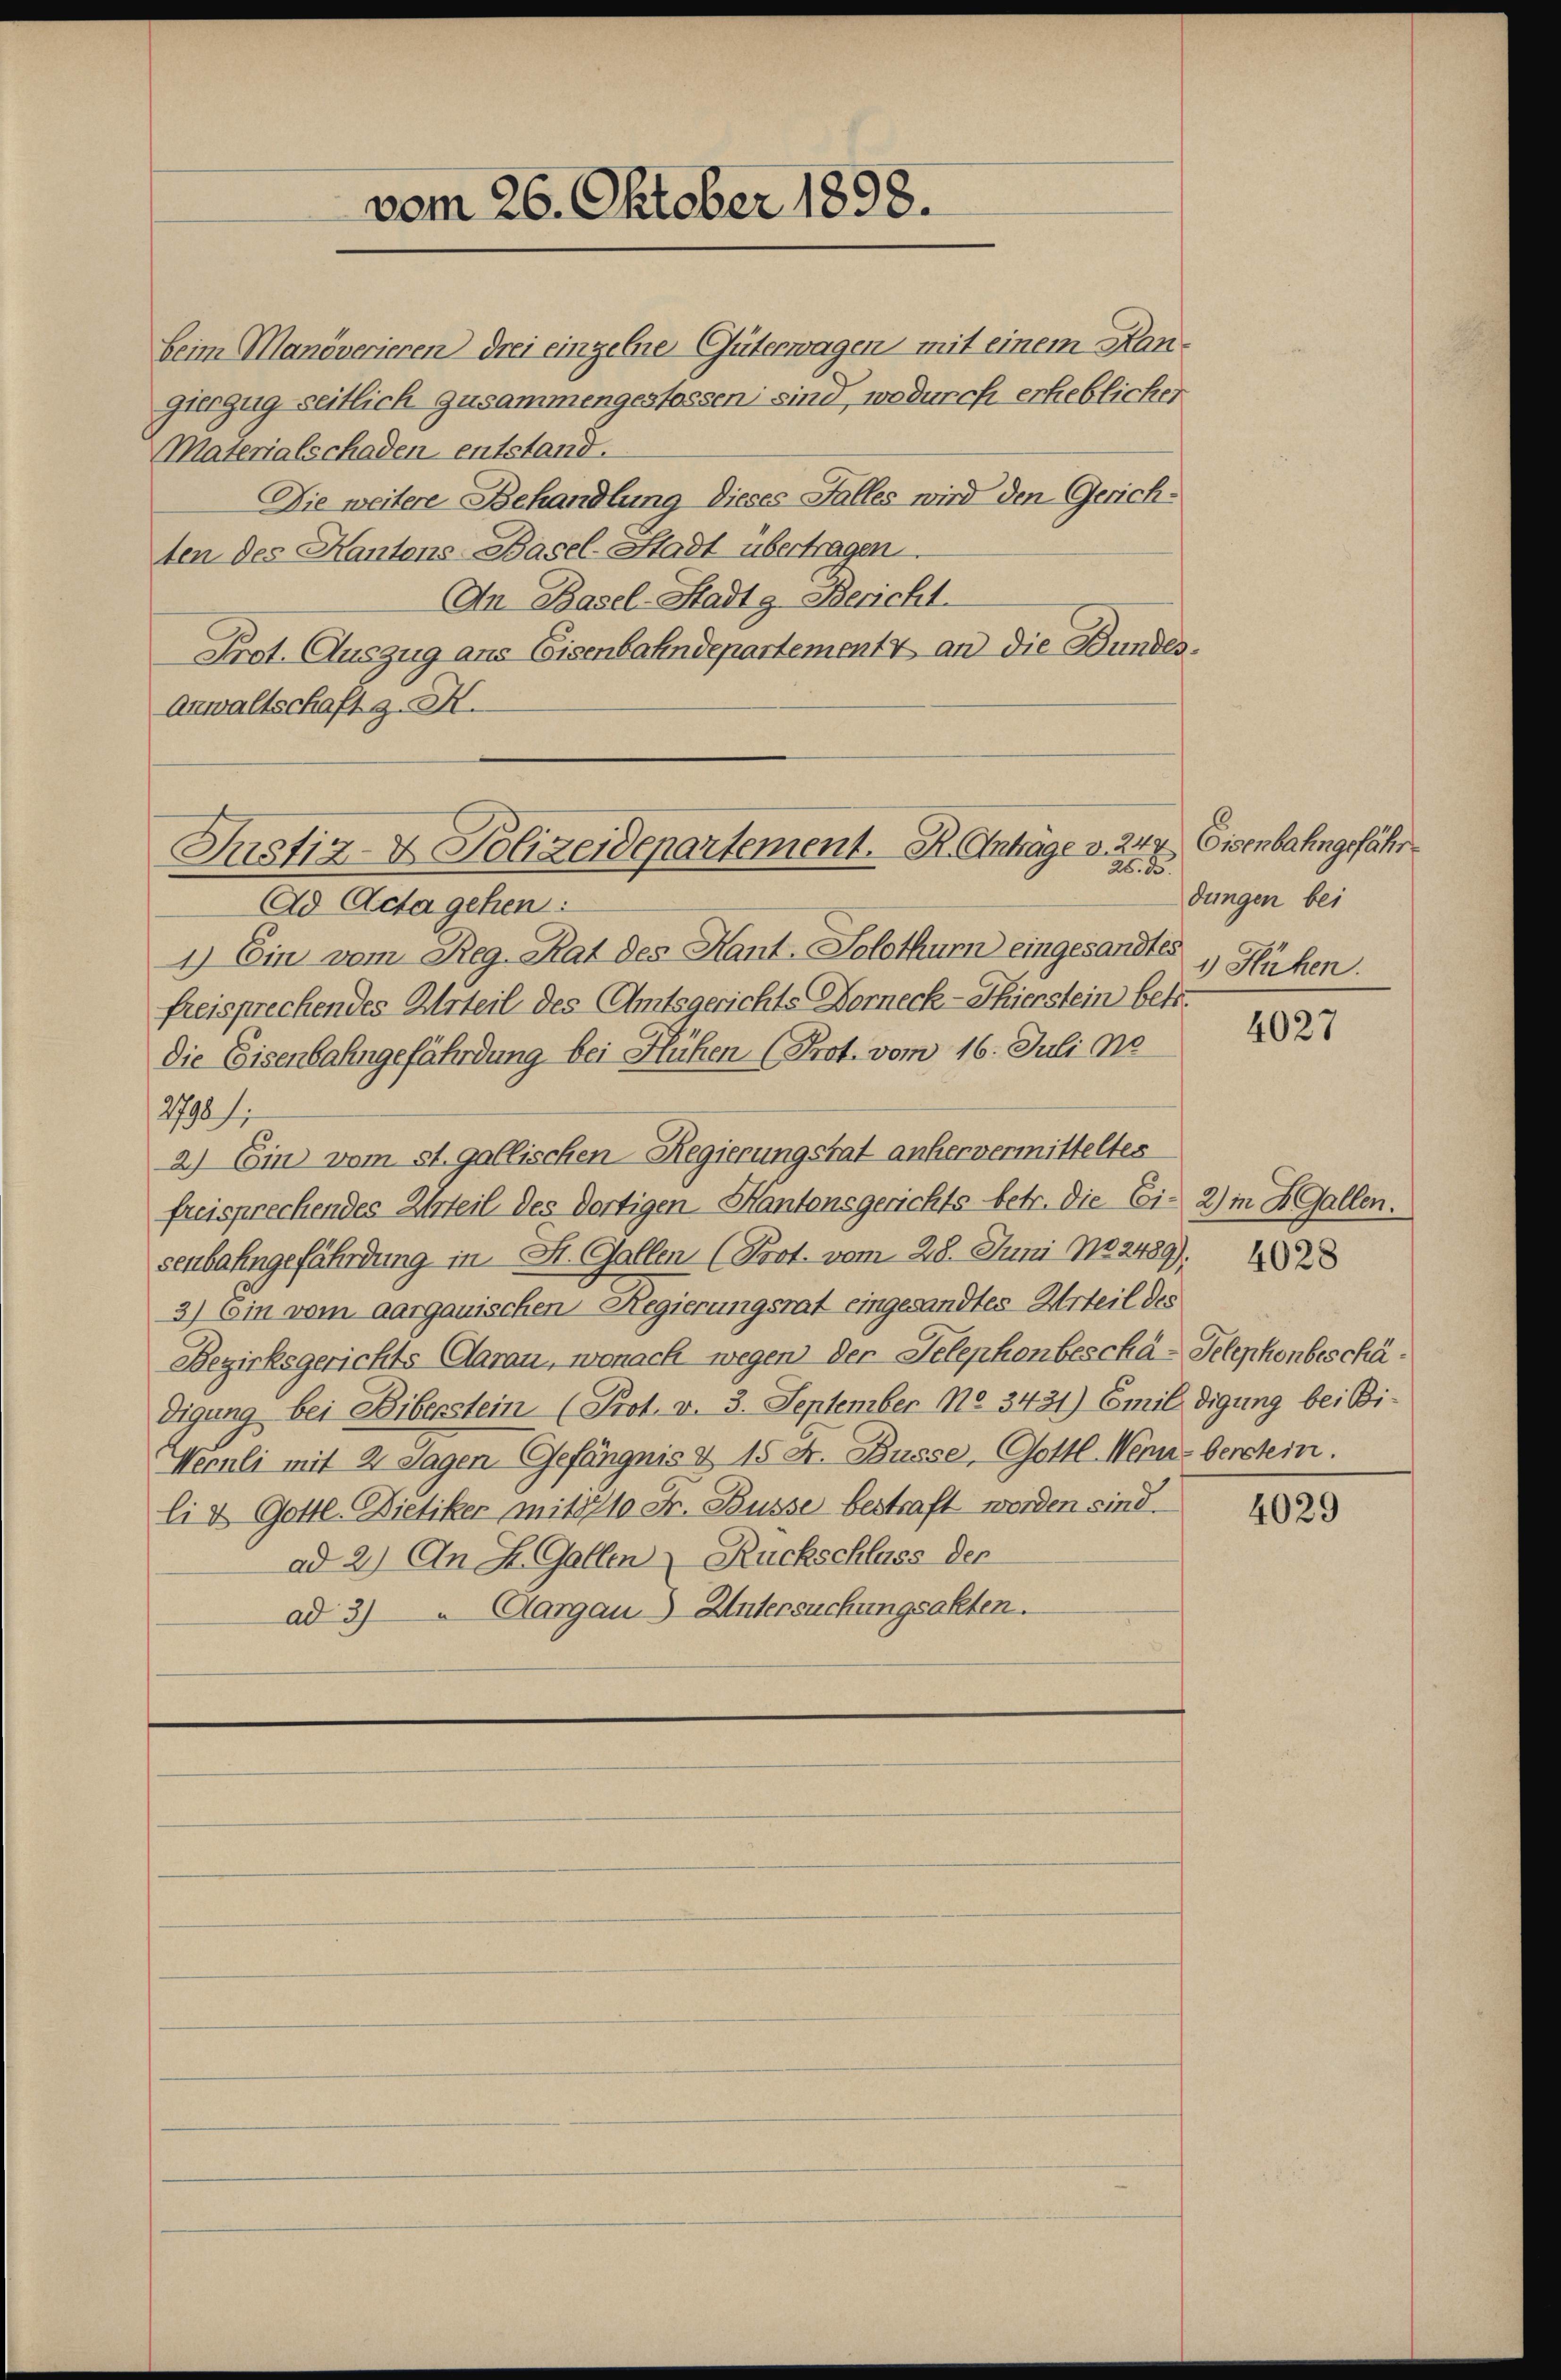
Beim Manöverieren drei einzelne Güterwagen mit einem Kangierzug seitlich zusammengestossen sind, wodurch erheblicher
Materialschaden entstand.
Die weitere Behandlung dieses Falles wird den Gerichten des Kantons Basel-Stadt übertragen.
An Basel-Stadtg Bericht.
Prot. Auszug aus Eisenbahndepartement & an die Bundes.
Anwaltschaft z. H.

vom 26. Oktober 1898.

Justiz- & Polizeidepartement. K. Anträge v. 244
28. B.

Ad Acta gehen:
1) Ein vom Reg. Rat des Kant. Solothur eingesandtes
freisprechendes Urteil des Amtsgerichts Forneck-Thierstein betr.
Die Eisenbahngefährdung bei Flühen (Prot. vom 16. Juli no
2798/
2) Ein vom st. gallischen Regierungstat anher vermitteltes
freisprechendes Urteil des dortigen Kantonsgerichts betr. die Ei- 2) in H. Gallen.
senbahngefährdung in St. Gallen (Prot. vom 28. Juni No. 2489).
3) Ein vom aargauischen Regierungsrat eingesandtes Urteil des
Bezirksgerichts Aarau, wonach wegen der Telephonbeschä-Telephonbeschädigung bei Biberstein (Prot. v. 3. September No. 3431) Emil digung bei Bi-
Wernli mit 2 Tagen Gefängnis & 15 Fr. Busse, Gottl. Wenn berein.
li & Gottl. Dietiker mit 710 Fr. Busse bestraft worden sind.
ad 2.) An St. Gallen Ruckschluss der
ad 3) Aargau-Untersuchungsakten.

Eisenbahngefähr
dungen bei
1 Hühen.

4027

4028

4029